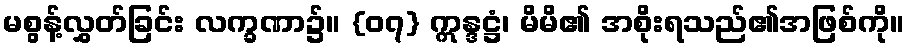
မစွန့်လွှတ်ခြင်း လက္ခဏာ၌။ {၀၇} ဣန္ဒဋ္ဌံ၊ မိမိ၏ အစိုးရသည်၏အဖြစ်ကို။